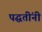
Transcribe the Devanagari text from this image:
पद्घतींनी